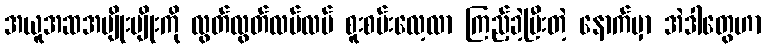
အယူအဆအမျိုးမျိုးကို လွတ်လွတ်လပ်လပ် စူးစမ်းလေ့လာ ကြည့်ခဲ့ပြီးတဲ့ နောက်မှာ အဲဒါတွေဟာ